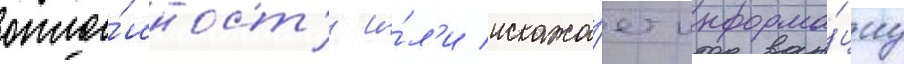
опло́шност'и и́л'и искажа́ет информа́циу